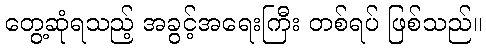
တွေ့ဆုံရသည့် အခွင့်အရေးကြီး တစ်ရပ် ဖြစ်သည်။